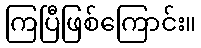
ကြပြီဖြစ်ကြောင်း။